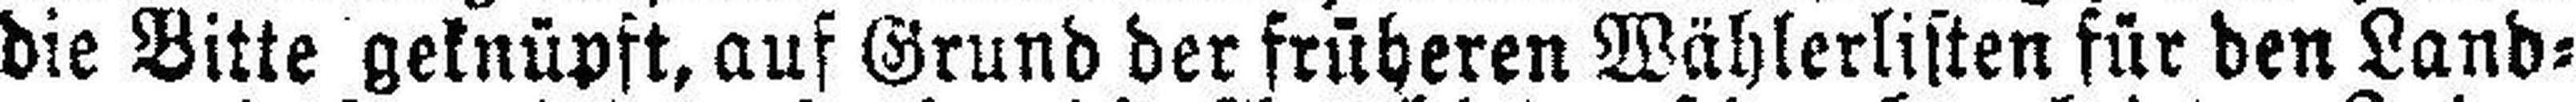
die Bitte geknüpft, auf Grund der früheren Wählerlisten für den Land¬